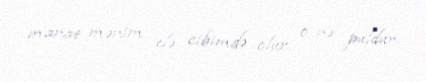
manat mənim elə cibimdə olur, o nə puldur.